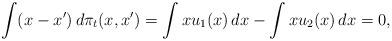
LaTeX: \begin{align*}\int(x-x')\,d\pi_t(x,x')=\int xu_1(x)\,dx-\int xu_2(x)\,dx=0,\end{align*}